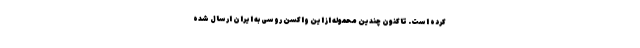
کرده است. تاکنون چندین محموله از این واکسن روسی به ایران ارسال شده